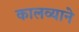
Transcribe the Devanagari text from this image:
कालव्याने